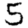
Digit: 5